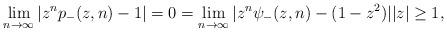
LaTeX: \begin{align*} \lim_{n\to\infty}|z^{n}p_-(z,n)-1|=0=\lim_{n\to\infty}|z^{n}\psi_-(z,n)-(1-z^2)| |z|\ge1,\end{align*}